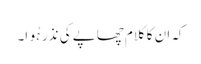
کہ ان کا کلام چھاپے کی نذر ہُوا۔